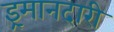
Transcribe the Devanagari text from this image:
इ्रमानदारी